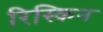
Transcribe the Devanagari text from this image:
रिस्किन